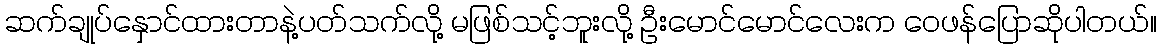
ဆက်ချုပ်နှောင်ထားတာနဲ့ပတ်သက်လို့ မဖြစ်သင့်ဘူးလို့ ဦးမောင်မောင်လေးက ဝေဖန်ပြောဆိုပါတယ်။